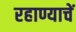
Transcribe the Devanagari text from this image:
रहाण्याचें